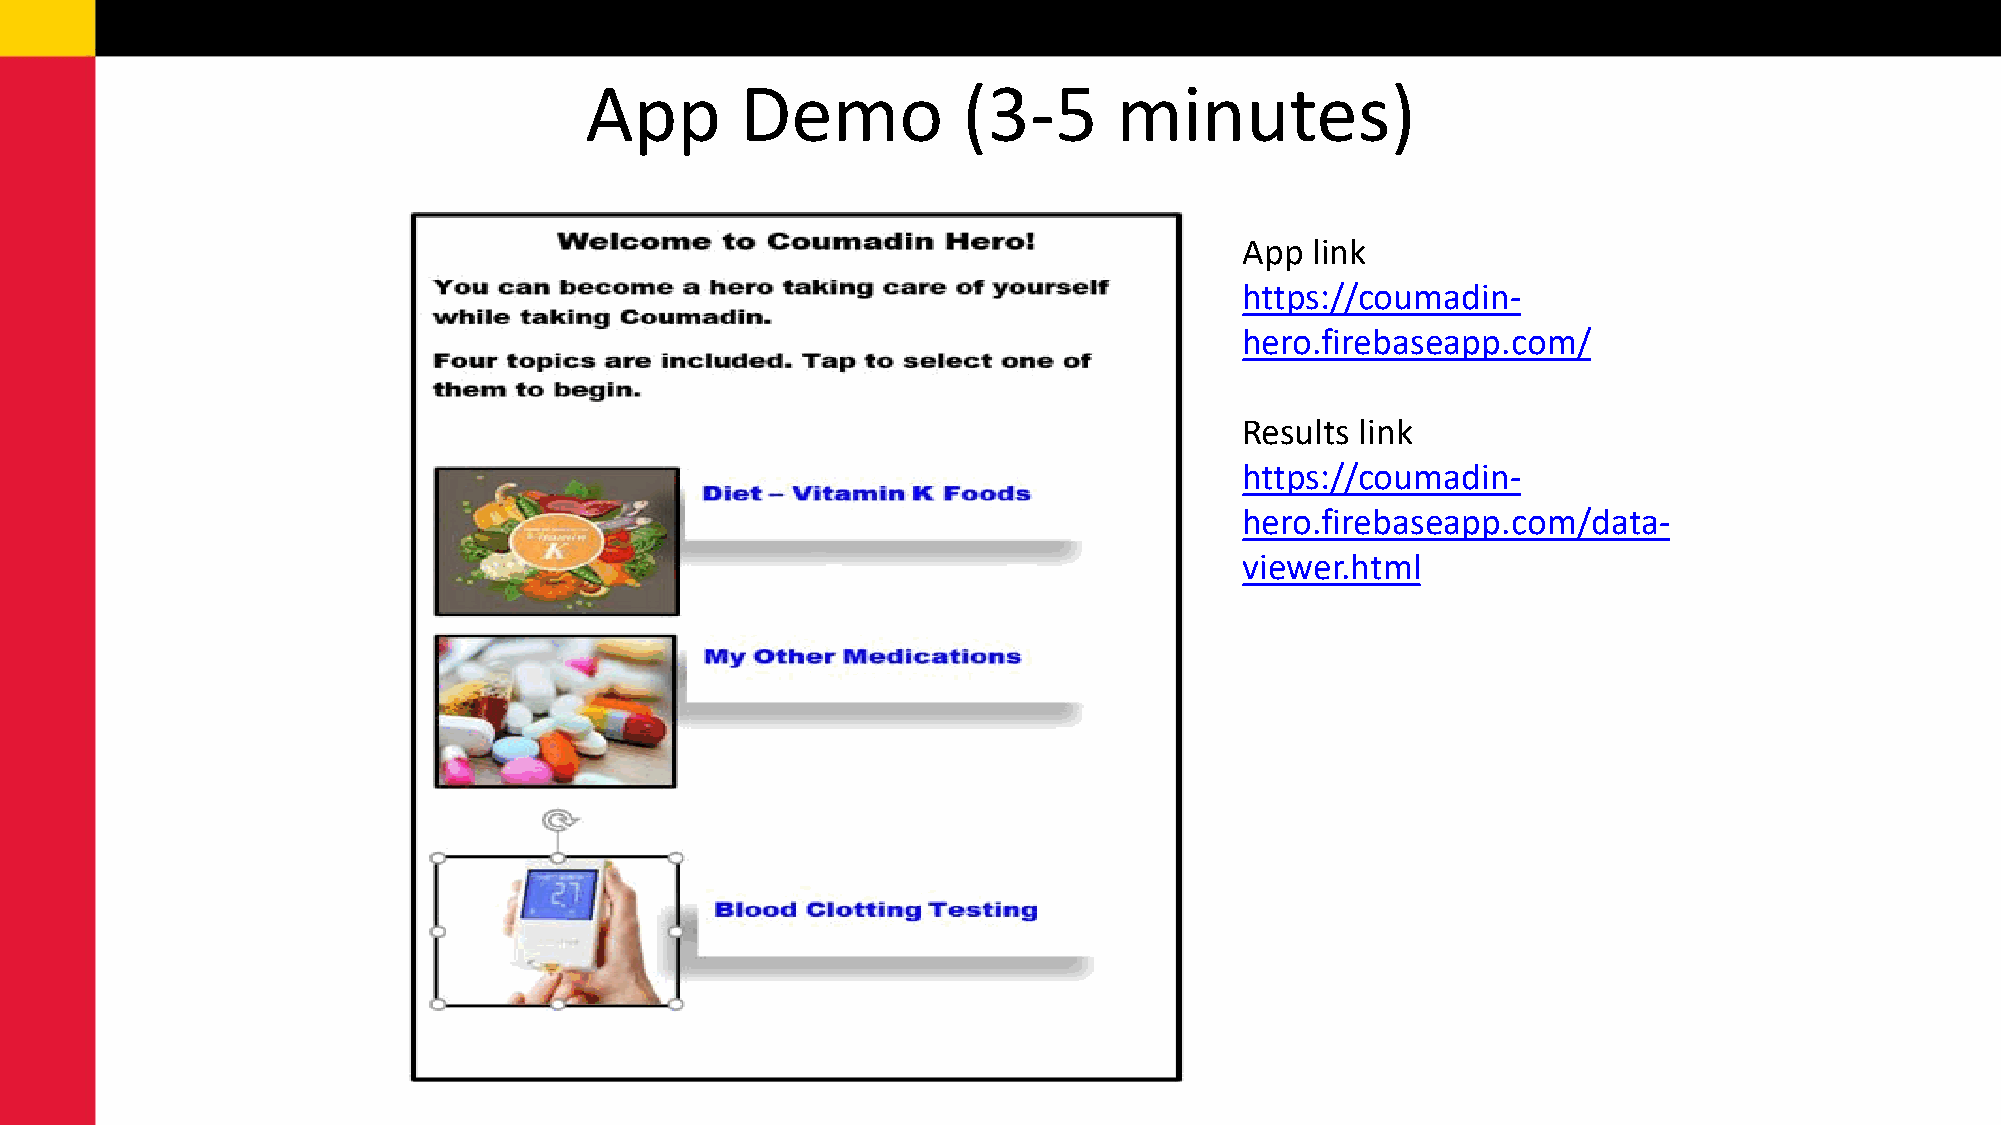
App       Demo           (3-5      minutes)
 App  link
 https://coumadin-
 hero.firebaseapp.com/
 Results link
 https://coumadin-
 hero.firebaseapp.com/data-
 viewer.html